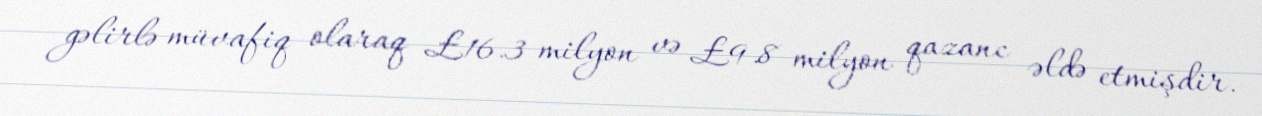
gəlirlə müvafiq olaraq £16.3 milyon və £9.8 milyon qazanc əldə etmişdir.